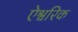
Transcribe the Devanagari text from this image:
ऐश्वरिक